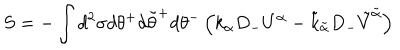
S = - \int d ^ { 2 } \sigma d \theta ^ { + } d \tilde { \theta } ^ { + } d \theta ^ { - } \left( k _ { \alpha } D _ { - } U ^ { \alpha } - \tilde { k } _ { \tilde { \alpha } } D _ { - } \tilde { V } ^ { \tilde { \alpha } } \right)